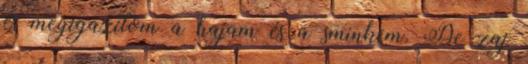
és megigazítom a hajam és a sminkem. De zaj